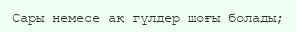
Сары немесе ақ гүлдер шоғы болады;